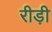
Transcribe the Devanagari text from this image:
रीड़ी